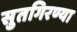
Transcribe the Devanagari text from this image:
सुतगिरण्या